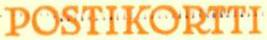
POSTIKORTTI